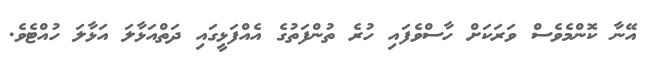
އޭނާ ކޮންމެވެސް ވަރަކަށް ހާސްވެފައި ހުރެ ތުންފަތުގެ އެއްފަޅީގައި ދަތްއަޅާލަ އަޅާލަ ހުއްޓެވެ.